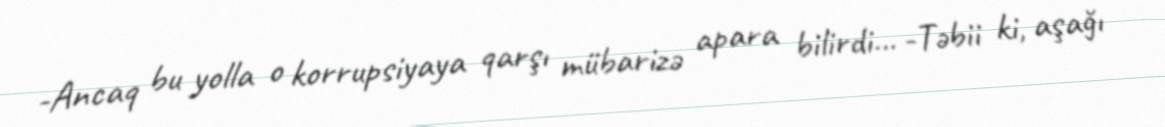
-Ancaq bu yolla o korrupsiyaya qarşı mübarizə apara bilirdi... -Təbii ki, aşağı